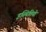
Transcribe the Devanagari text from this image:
इस्थितियो